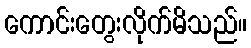
ကောင်းတွေးလိုက်မိသည်။